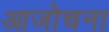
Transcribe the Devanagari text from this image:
आजोचना